Annual administration report of the Civil Veterinary Department of India - 1908-1909
Year: 1908
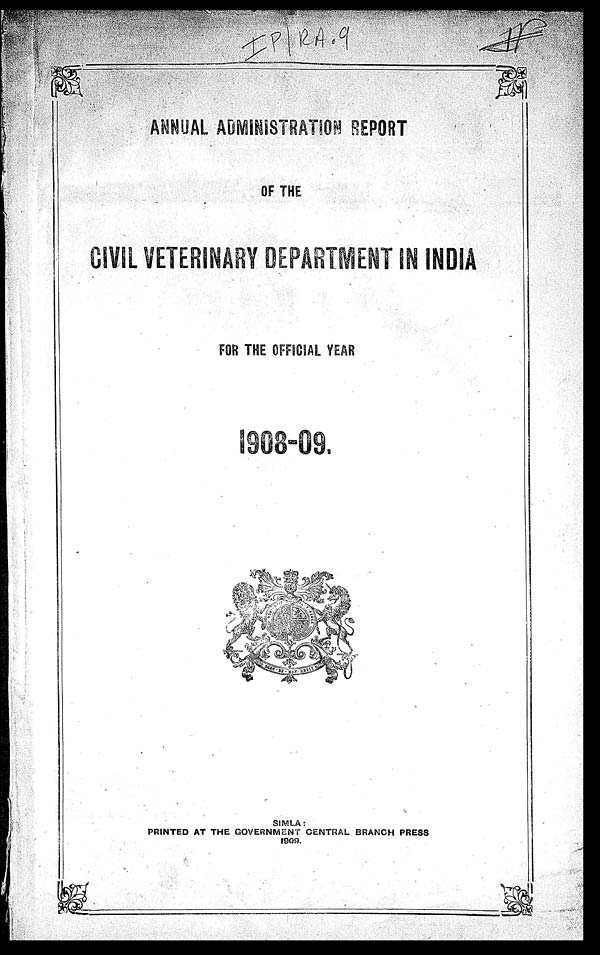
ANNUAL ADMINISTRATION REPORT
OF THE
CIVIL VETERINARY DEPARTMENT IN INDIA
FOR THE OFFICIAL YEAR
1908-09.
SIMLA:
PRINTED AT THE GOVERNMENT CENTRAL BRANCH PRESS
1909.